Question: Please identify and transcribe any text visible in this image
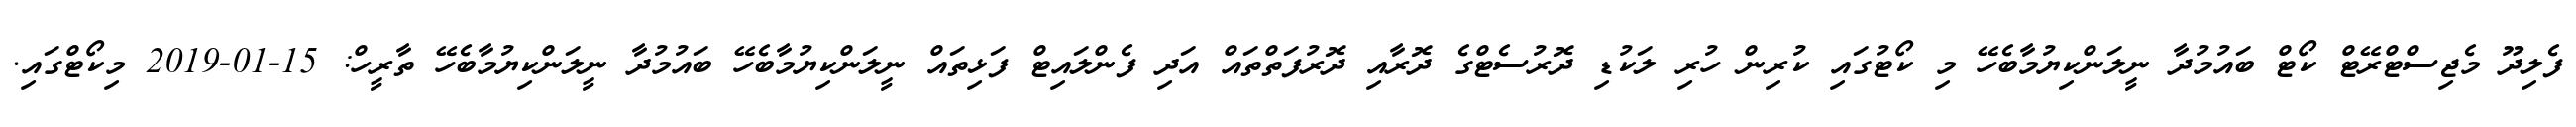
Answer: ފެލިދޫ މެޖިސްޓްރޭޓް ކޯޓް ބައުމުދާ ނީލަންކިޔުމާބެހޭ މި ކޯޓުގައި ކުރިން ހުރި ލަކުޑި ދޮރުސެޓްގެ ދޮރާއި ދޮރުފަތްތައް އަދި ފެންލައިޓް ފަޅިތައް ނީލަންކިޔުމާބެހޭ ބައުމުދާ ނީލަންކިޔުމާބެހޭ ތާރީހް: 15-01-2019 މިކޯޓްގައި.